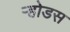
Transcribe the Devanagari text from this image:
ऱ्होडस